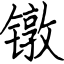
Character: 镦